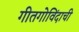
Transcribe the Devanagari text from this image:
गीतगोविंदाची